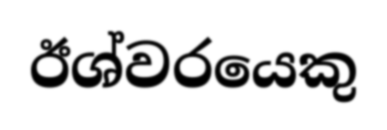
ඊශ්වරයෙකු